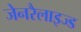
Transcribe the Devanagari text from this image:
जेनरैलाइज्ड